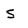
Character: 5